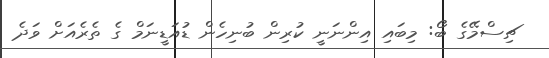
ޗިސްމޭގެ ބޯ: މިބައި އިންނަނީ ކުރިން ބުނިހެން ޑުއަޑީނަމް ގެ ތެރެއަށް ވަދެ